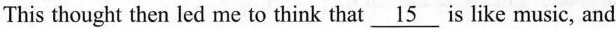
This thought then led me to think that \underline{15} is like music, and